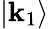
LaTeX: |\mathbf{k}_{1}\rangle